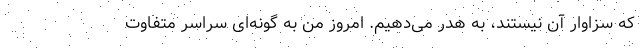
که سزاوار آن نیستند، به هدر می‌دهیم. امروز من به گونه‌ای سراسر متفاوت